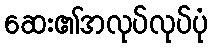
ဆေး၏အလုပ်လုပ်ပုံ